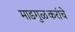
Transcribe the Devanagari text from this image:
माडगुळकरांचे